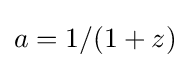
a=1/(1+z)